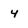
Character: 4